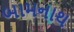
બામનાથ